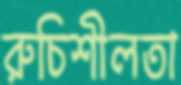
রুচিশীলতা